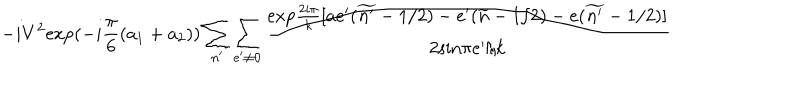
LaTeX: - i V ^ { 2 } \mathrm { e x p } ( - i \frac { \pi } { 6 } ( a _ { 1 } + a _ { 2 } ) ) \sum _ { n ^ { \prime } } \sum _ { e ^ { \prime } \neq 0 } \frac { \mathrm { e x p } \frac { 2 i \pi } { k } [ a e ^ { \prime } ( \widetilde { n ^ { \prime } } - 1 / 2 ) - e ^ { \prime } ( \widetilde { n } - 1 / 2 ) - e ( \widetilde { n ^ { \prime } } - 1 / 2 ) ] } { 2 \mathrm { s i n } \pi e ^ { \prime } / k }